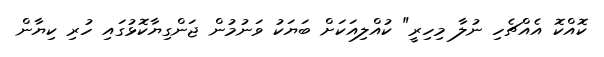
ކޮއްކޮ އެއްޗެހި ނުލާ މިހިރީ" ކުއްލިއަކަށް ބަޔަކު ވަނުމުން ޖަންގިޔާކޮޅުގައި ހުރި ކިޔާން